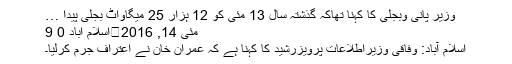
وزیر پانی وبجلی کا کہنا تھاکہ گذشتہ سال 13 مئی کو 12 ہزار 25 میگاواٹ بجلی پیدا …
مئی 14, 2016	اسلام آباد 0 9
اسلام آباد: وفاقی وزیراطلاعات پرویزرشید کا کہنا ہے کہ عمران خان نے اعتراف جرم کرلیا۔